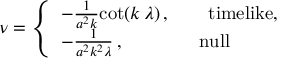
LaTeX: \nu = \left\{ \begin{array} { l } { { - \frac { 1 } { a ^ { 2 } k } { \cot } ( k \, \lambda ) \, , \qquad \mathrm { t i m e l i k e } , } } \\ { { - \frac { 1 } { a ^ { 2 } k ^ { 2 } \lambda } \, , \qquad \qquad \mathrm { n u l l } } } \end{array} \right.